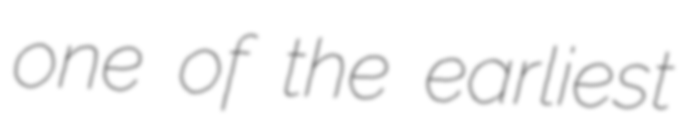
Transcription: one of the earliest